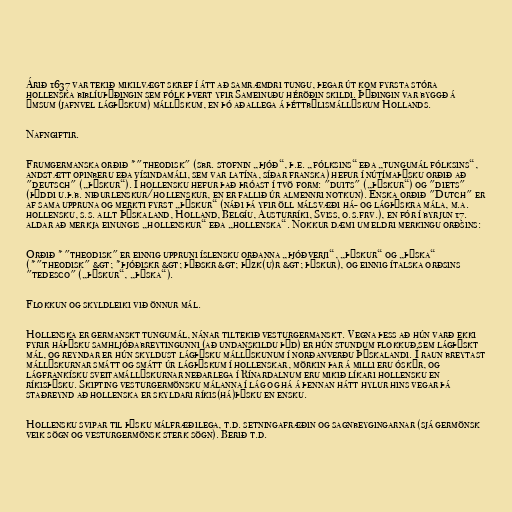
Árið 1637 var tekið mikilvægt skref í átt að samræmdri tungu, þegar út kom fyrsta stóra
hollenska biblíuþýðingin sem fólk þvert yfir Sameinuðu héröðin skildi. Þýðingin var byggð á
ýmsum (jafnvel lágþýskum) mállýskum, en þó aðallega á þéttbýlismállýskum Hollands.

Nafngiftir.

Frumgermanska orðið *"theodisk" (sbr. stofnin „þjóð“, þ.e. „fólksins“ eða „tungumál fólksins“,
andstætt opinberu eða vísindamáli, sem var latína, síðar franska) hefur í nútímaþýsku orðið að
"deutsch" („þýskur“). Í hollensku hefur það þróast í tvö form: "duits" („þýskur“) og "diets"
(þýddi u.þ.b. niðurlenskur/hollenskur, en er fallið úr almennri notkun). Enska orðið "Dutch" er
af sama uppruna og merkti fyrst „þýskur“ (náði þá yfir öll málsvæði há- og lágþýskra mála, m.a.
hollensku, s.s. allt Þýskaland, Holland, Belgíu, Austurríki, Sviss, o.s.frv.), en fór í byrjun 17.
aldar að merkja einungis „hollenskur“ eða „hollenska“. Nokkur dæmi um eldri merkingu orðsins:

Orðið *"theodisk" er einnig uppruni íslensku orðanna „þjóðverji“, „þýskur“ og „þýska“
(*"theodisk" &gt; *þjóðiskr &gt; þýðskr &gt; þýzk(u)r &gt; þýskur), og einnig ítalska orðsins
"tedesco" („þýskur“, „þýska“).

Flokkun og skyldleiki við önnur mál.

Hollenska er germanskt tungumál, nánar tiltekið vesturgermanskt. Vegna þess að hún varð ekki
fyrir háþýsku samhljóðabreytingunni (að undanskildu þ→d) er hún stundum flokkuð sem lágþýskt
mál, og reyndar er hún skyldust lágþýsku mállýskunum í norðanverðu Þýskalandi. Í raun breytast
mállýskurnar smátt og smátt úr lágþýskum í hollenskar, mörkin þar á milli eru óskýr, og
lágfrankísku sveitamállýskurnar neðarlega í Rínardalnum eru mikið líkari hollensku en
ríkisþýsku. Skipting vesturgermönsku málanna í lág og há á þennan hátt hylur hins vegar þá
staðreynd að hollenska er skyldari ríkis(há)þýsku en ensku.

Hollensku svipar til þýsku málfræðilega, t.d. setningafræðin og sagnbeygingarnar (sjá germönsk
veik sögn og vesturgermönsk sterk sögn). Berið t.d.